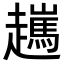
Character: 𧾖